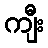
ကျီး